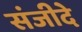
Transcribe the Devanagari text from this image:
संजीदे